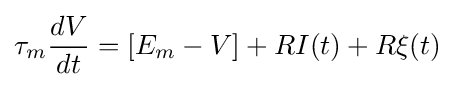
\tau _{m}{\frac {dV}{dt}}=[E_{m}-V]+RI(t)+R\xi (t)